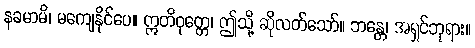
နခမာမိ၊ မကျေနိုင်ပေ။ ဣတိဝုတ္တေ၊ ဤသို့ ဆိုလတ်သော်။ ဘန္တေ၊ အရှင်ဘုရား။